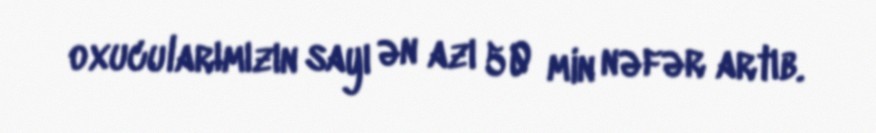
oxucularımızın sayı ən azı 50 min nəfər artıb.